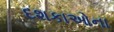
દશકાઓના